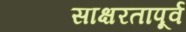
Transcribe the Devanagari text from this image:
साक्षरतापूर्व